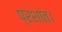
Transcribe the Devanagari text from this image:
प्रशांत।